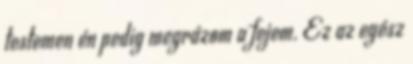
testemen én pedig megrázom a fejem. Ez az egész